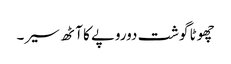
چھوٹا گوشت دوروپے کا آٹھ سیر۔